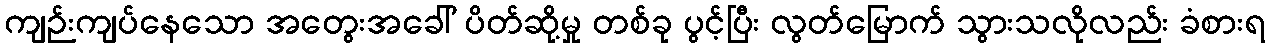
ကျဉ်းကျပ်နေသော အတွေးအခေါ် ပိတ်ဆို့မှု တစ်ခု ပွင့်ပြီး လွတ်မြောက် သွားသလိုလည်း ခံစားရ